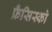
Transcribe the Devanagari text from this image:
फ्रँसिस्को